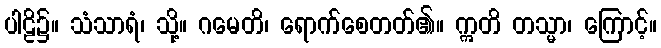
ပါဠိ၌။ သံသာရံ၊ သို့။ ဂမေတိ၊ ရောက်စေတတ်၏။ ဣတိ တသ္မာ၊ ကြောင့်။